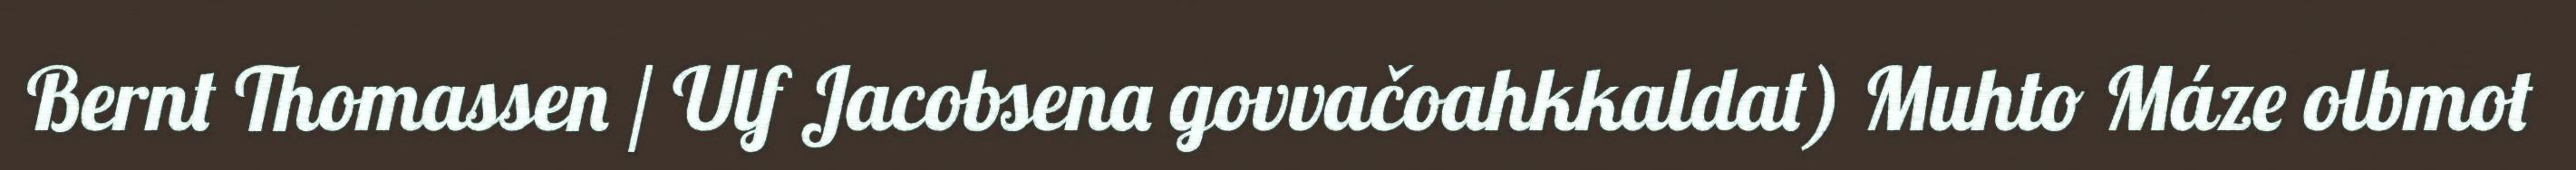
Bernt Thomassen / Ulf Jacobsena govvačoahkkaldat) Muhto Máze olbmot